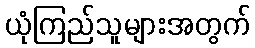
ယုံကြည်သူများအတွက်